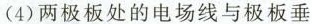
(4)两极板处的电场线与极板垂